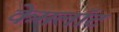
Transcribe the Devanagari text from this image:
केमलॉट